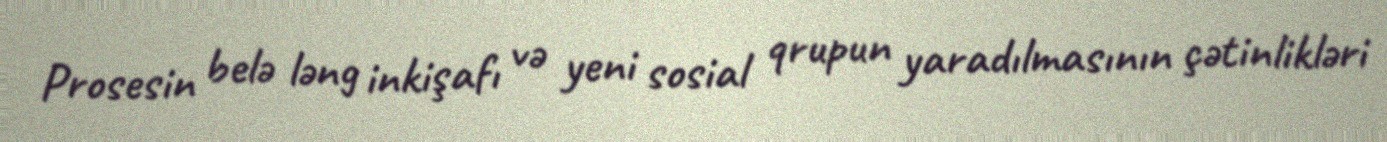
Prosesin belə ləng inkişafı və yeni sosial qrupun yaradılmasının çətinlikləri